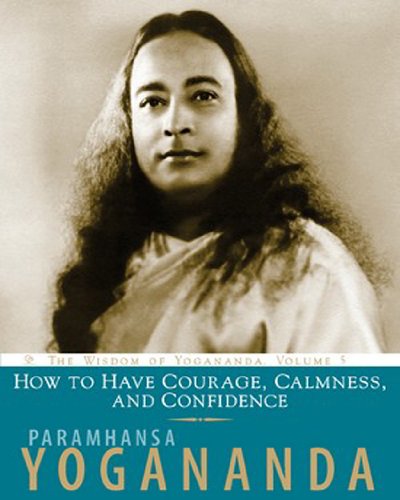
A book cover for How to Have Courage, Calmness and Confidence: The Wisdom of Yogananda (Volume 5); Paramhansa Yogananda; Religion & Spirituality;